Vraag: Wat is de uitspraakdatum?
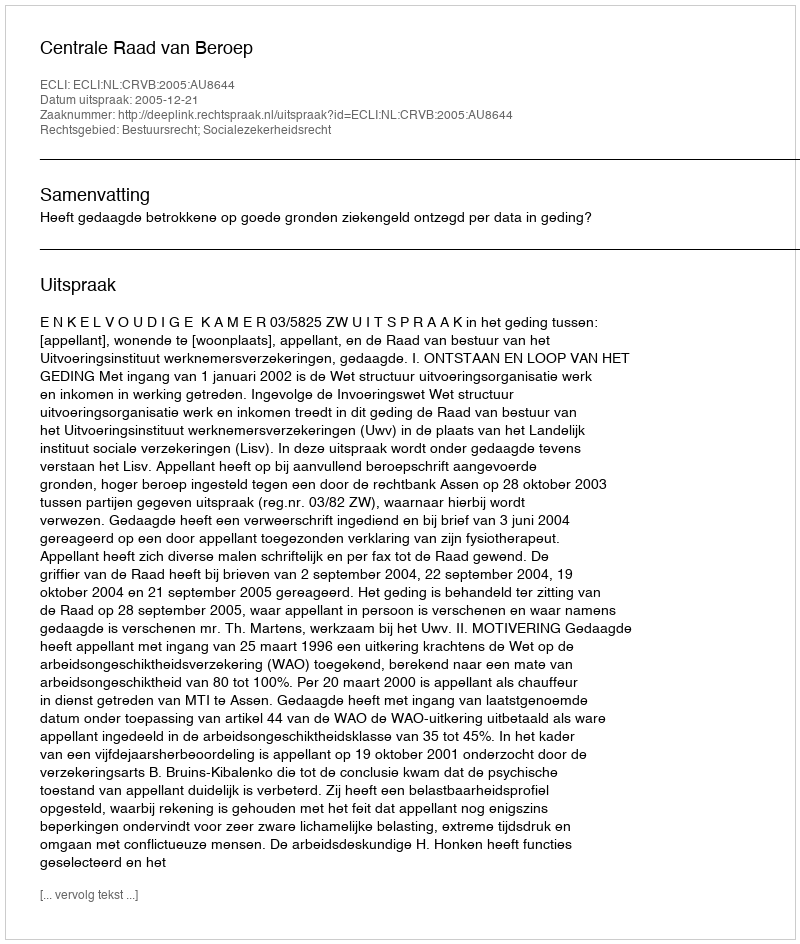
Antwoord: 2005-12-21